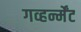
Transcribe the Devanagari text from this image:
गव्हर्न्मेंट